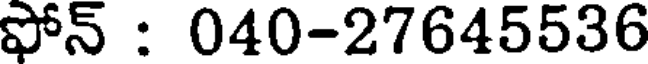
ఫోన్ : 040-27645536